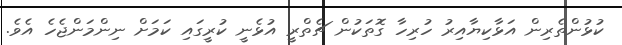
ކުޅުންތެރިން އަޅާކިޔާއިރު ހުރިހާ ގޮތަކުން ޗެތްރީ އުޅެނީ ކުރީގައި ކަމަށް ނިންމަންޖެހެ އެވެ.